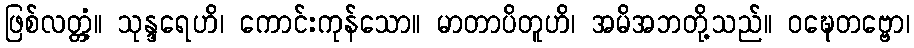
ဖြစ်လတ္တံ့။ သုန္ဒရေဟိ၊ ကောင်းကုန်သော။ မာတာပိတူဟိ၊ အမိအဘတို့သည်။ ဝဍ္ဎေတဗ္ဗော၊